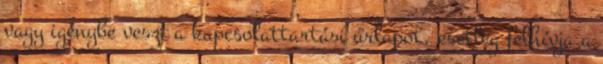
vagy igénybe veszi a kapcsolattartási űrlapot, esetleg felhívja a